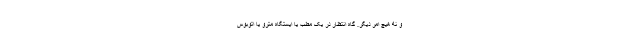
و نه هیچ امر دیگر. گاه انتظار در یک مطب یا ایستگاه مترو یا اتوبوس